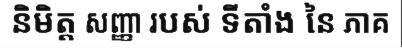
និមិត្ត សញ្ញា របស់ ទីតាំង នៃ ភាគ